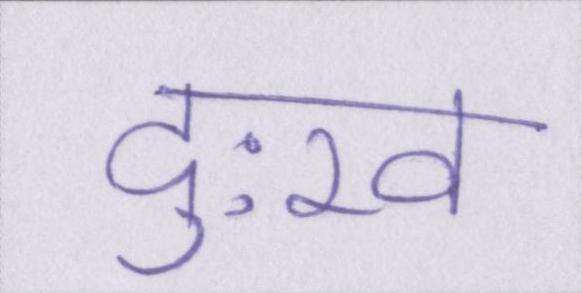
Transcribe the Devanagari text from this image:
दुःख